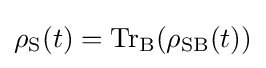
\rho _{\text{S}}(t)=\operatorname {Tr} _{\text{B}}(\rho _{\text{SB}}(t))